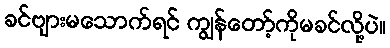
ခင်ဗျားမသောက်ရင် ကျွန်တော့်ကိုမခင်လို့ပဲ။